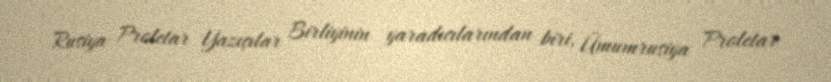
Rusiya Proletar Yazıçılar Birliyinin yaradıcılarından biri, Ümumrusiya Proletar